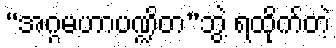
“အဂ္ဂမဟာပဏ္ဍိတ”ဘွဲ့ ရထိုက်တဲ့